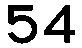
54